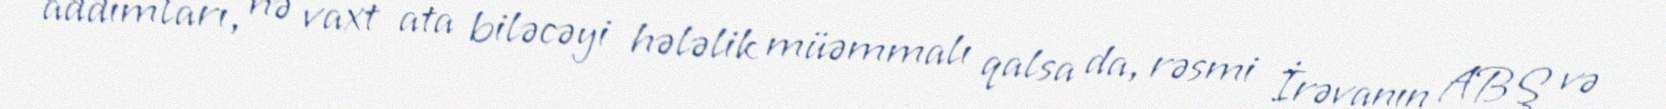
addımları, nə vaxt ata biləcəyi hələlik müəmmalı qalsa da, rəsmi İrəvanın ABŞ və